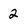
Character: 2